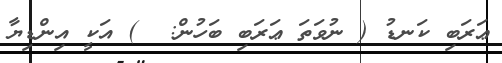
ޢަރަބި ކަނޑު ( ނުވަތަ ޢަރަބި ބަހުން:  ) އަކީ އިންޑިޔާ